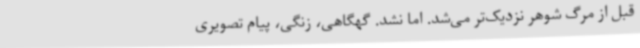
قبل از مرگ شوهر نزدیک‌تر می‌شد. اما نشد. گهگاهی، زنگی، پیام تصویری